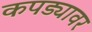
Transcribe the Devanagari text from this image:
कपड्यावर